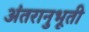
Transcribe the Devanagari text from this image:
अंतरानुभूती